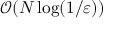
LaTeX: { \mathcal { O } } ( N \log ( 1 / \varepsilon ) )